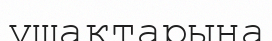
ұшақтарына